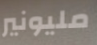
مليونير